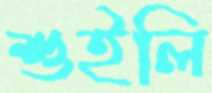
শুইলি